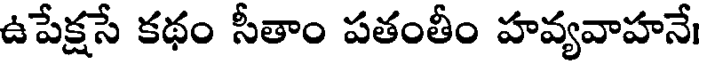
ఉపేక్షసే కథం సీతాం పతంతీం హవ్యవాహనే।